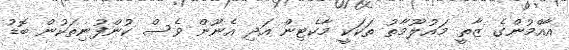
އާއްމުންގެ ޒާތީ މައުލޫމާތު ތަކަކީ މާކެޓިން އަދި އެނޫން ވެސް ކުންފުނިތަކުން ބޮޑު